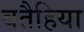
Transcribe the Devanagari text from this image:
बतैहिया